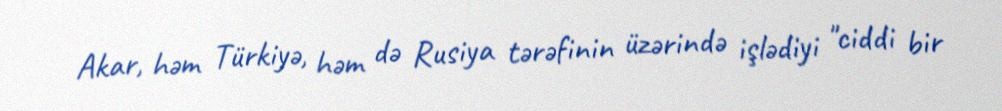
Akar, həm Türkiyə, həm də Rusiya tərəfinin üzərində işlədiyi "ciddi bir